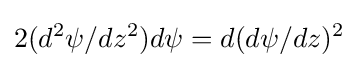
2(d^{2}\psi /dz^{2})d\psi =d(d\psi /dz)^{2}